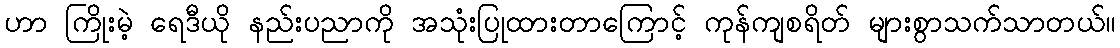
ဟာ ကြိုးမဲ့ ရေဒီယို နည်းပညာကို အသုံးပြုထားတာကြောင့် ကုန်ကျစရိတ် များစွာသက်သာတယ်။